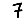
Digit: 7